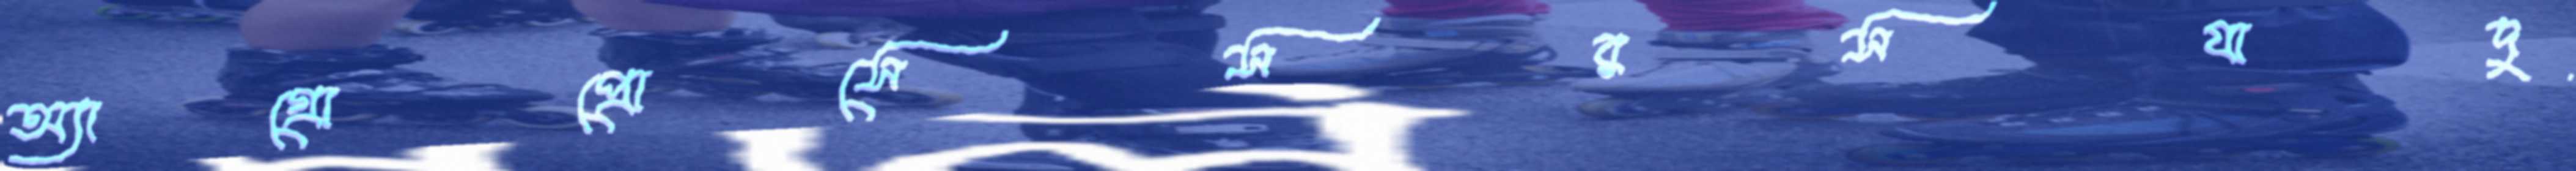
অ্যাগ্রোপ্রোসেসরসযাদু